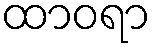
ထာဝရာ